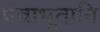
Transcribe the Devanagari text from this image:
पंचाभूतानि